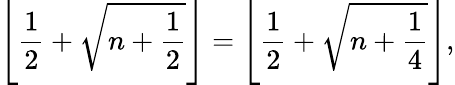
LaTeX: \left\lfloor{\frac{1}{2}}+{\sqrt{n+{\frac{1}{2}}}}\right\rfloor=\left\lfloor{\frac{1}{2}}+{\sqrt{n+{\frac{1}{4}}}}\right\rfloor,